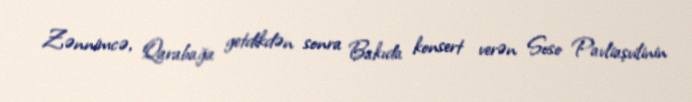
Zənnimcə, Qarabağa getdikdən sonra Bakıda konsert verən Soso Pavliaşvilinin